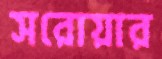
সরোয়ার